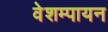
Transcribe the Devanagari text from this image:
वेशम्पायन